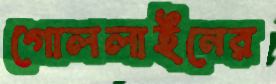
গোললাইনের